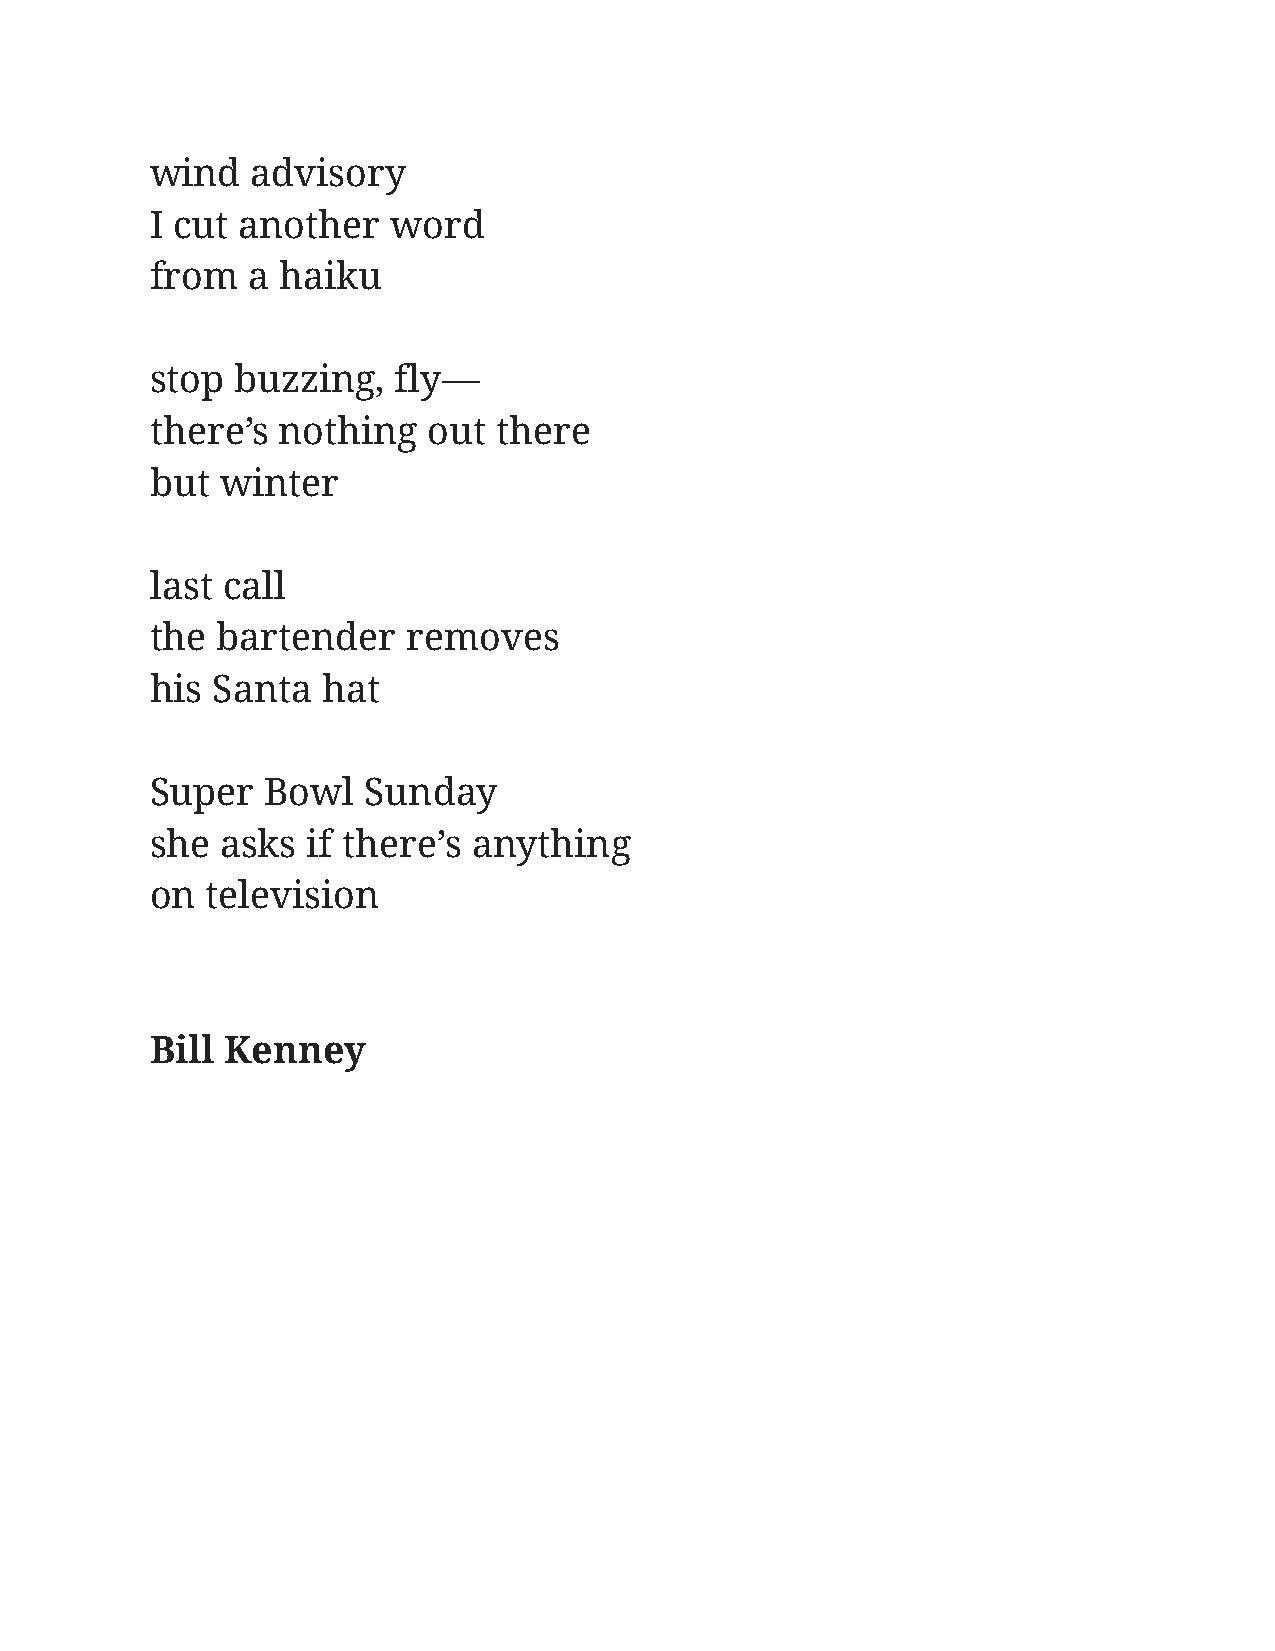
wind   advisory
 I cut another   word
 from  a haiku
 stop  buzzing,  fly—
 there’s nothing   out  there
 but  winter
 last call
 the bartender    removes
 his Santa  hat
 Super   Bowl  Sunday
 she  asks if there’s anything
 on  television
 Bill Kenney